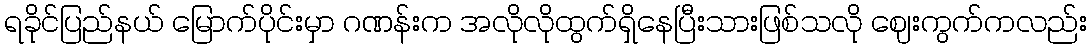
ရခိုင်ပြည်နယ် မြောက်ပိုင်းမှာ ဂဏန်းက အလိုလိုထွက်ရှိနေပြီးသားဖြစ်သလို ဈေးကွက်ကလည်း